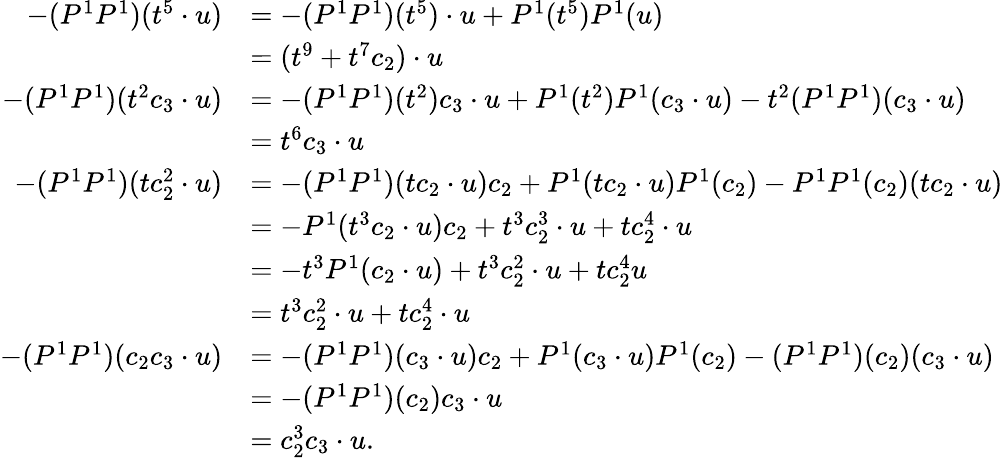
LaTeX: \begin{array}{rl}{-(P^{1}P^{1})(t^{5}\cdot u)}&{=-(P^{1}P^{1})(t^{5})\cdot u+P^{1}(t^{5})P^{1}(u)}\\ &{=(t^{9}+t^{7}c_{2})\cdot u}\\ {-(P^{1}P^{1})(t^{2}c_{3}\cdot u)}&{=-(P^{1}P^{1})(t^{2})c_{3}\cdot u+P^{1}(t^{2})P^{1}(c_{3}\cdot u)-t^{2}(P^{1}P^{1})(c_{3}\cdot u)}\\ &{=t^{6}c_{3}\cdot u}\\ {-(P^{1}P^{1})(tc_{2}^{2}\cdot u)}&{=-(P^{1}P^{1})(tc_{2}\cdot u)c_{2}+P^{1}(tc_{2}\cdot u)P^{1}(c_{2})-P^{1}P^{1}(c_{2})(tc_{2}\cdot u)}\\ &{=-P^{1}(t^{3}c_{2}\cdot u)c_{2}+t^{3}c_{2}^{3}\cdot u+tc_{2}^{4}\cdot u}\\ &{=-t^{3}P^{1}(c_{2}\cdot u)+t^{3}c_{2}^{2}\cdot u+tc_{2}^{4}u}\\ &{=t^{3}c_{2}^{2}\cdot u+tc_{2}^{4}\cdot u}\\ {-(P^{1}P^{1})(c_{2}c_{3}\cdot u)}&{=-(P^{1}P^{1})(c_{3}\cdot u)c_{2}+P^{1}(c_{3}\cdot u)P^{1}(c_{2})-(P^{1}P^{1})(c_{2})(c_{3}\cdot u)}\\ &{=-(P^{1}P^{1})(c_{2})c_{3}\cdot u}\\ &{=c_{2}^{3}c_{3}\cdot u.}\end{array}